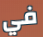
في